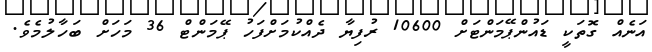
އަނެއް ގޮތަކީ ޑައުންޕޭމަންޓަށް 10600 ރުފިޔާ ދެއްކުމަށްފަހު ޕޭމަންޓް 36 މަހަށް ބަހާލުމެވެ.